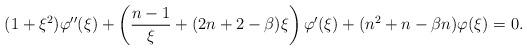
LaTeX: \begin{align*}(1+\xi^2 ) \varphi'' (\xi)+\left(\frac{n-1}{\xi}+(2n+2-\beta)\xi\right) \varphi' (\xi)+(n^2+n-\beta n)\varphi(\xi)=0.\end{align*}